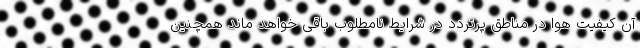
آن کیفیت هوا در مناطق پرتردد در شرایط نامطلوب باقی خواهد ماند همچنین